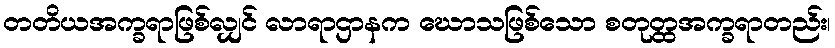
တတိယအက္ခရာဖြစ်လျှင် လာရာဌာနက ဃောသဖြစ်သော စတုတ္ထအက္ခရာတည်း၊